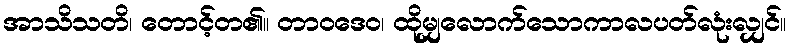
အာသိသတိ၊ တောင့်တ၏။ တာဝဒေဝ၊ ထိုမျှလောက်သောကာလပတ်လုံးလျှင်။